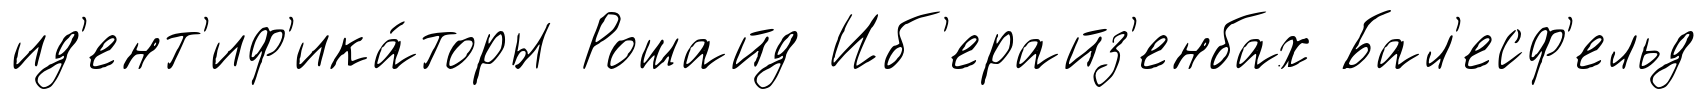
ид'ент'иф'ика́торы Рошайд Иб'ерайз'енбах Бал'есф'ельд